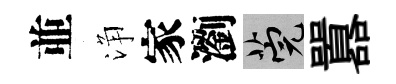
並浄家瀏筦囂